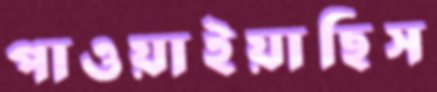
পাওয়াইয়াছিস